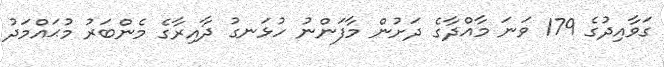
ގަވާއިދުގެ 179 ވަނަ މާއްދާގެ ދަށުން މާފަންނު ހުޅަނގު ދާއިރާގެ މެންބަރު މުޙައްމަދު